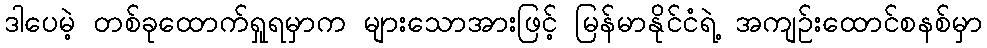
ဒါပေမဲ့ တစ်ခုထောက်ရှုရမှာက များသောအားဖြင့် မြန်မာနိုင်ငံရဲ့ အကျဉ်းထောင်စနစ်မှာ